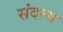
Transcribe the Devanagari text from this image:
संदस्य